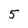
Character: 5